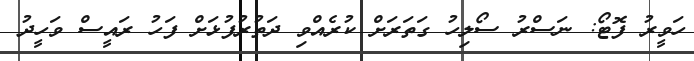
ހަވީރު ފޮޓޯ: ނަސްރު ސޯލިހު ގަތަރަށް ކުރެއްވި ދަތުރުފުޅަށް ފަހު ރައީސް ވަހީދު